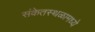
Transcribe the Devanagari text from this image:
संकेतस्थळामध्ये